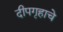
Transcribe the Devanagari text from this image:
दीपगृहाचे